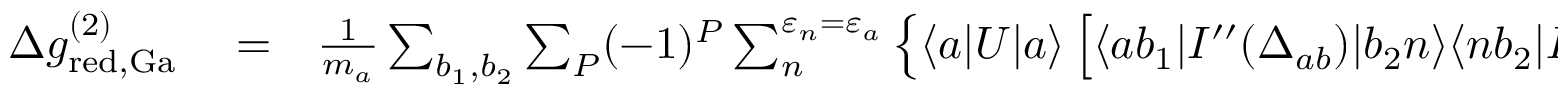
\begin{array} { r l r } { \Delta g _ { \mathrm { r e d , G a } } ^ { ( 2 ) } } & { { } = } & { \frac { 1 } { m _ { a } } \sum _ { b _ { 1 } , b _ { 2 } } \sum _ { P } ( - 1 ) ^ { P } \sum _ { n } ^ { \varepsilon _ { n } = \varepsilon _ { a } } \left\{ \langle a | U | a \rangle \left[ \langle a b _ { 1 } | I ^ { \prime \prime } ( \Delta _ { a b } ) | b _ { 2 } n \rangle \langle n b _ { 2 } | I ( \Delta _ { b _ { 2 } P b _ { 1 } } ) | P a P b _ { 1 } \rangle \right. \right. } \end{array}